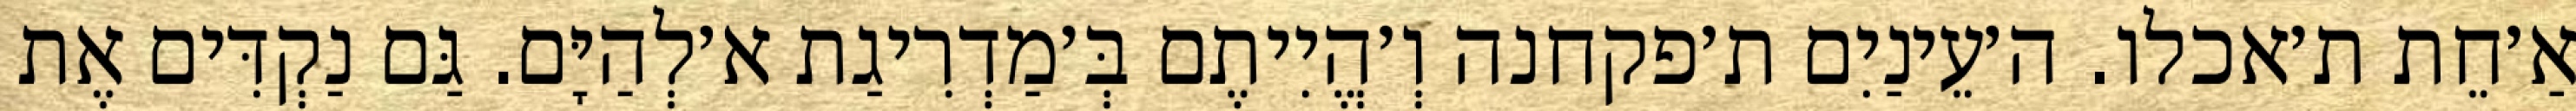
אַ׳חֵת ת׳אכלו. ה׳עֵינַיִם ת׳פקחנה וְ׳הֱיִיתֶם בְּ׳מַדְרִיגַת א׳לְהַיָּם. גַּם נַקְדִּים אֶת